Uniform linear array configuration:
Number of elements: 24
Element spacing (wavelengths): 0.5
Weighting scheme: blackman
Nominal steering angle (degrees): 15
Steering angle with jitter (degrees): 16.411
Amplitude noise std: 0.05
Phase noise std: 0.05

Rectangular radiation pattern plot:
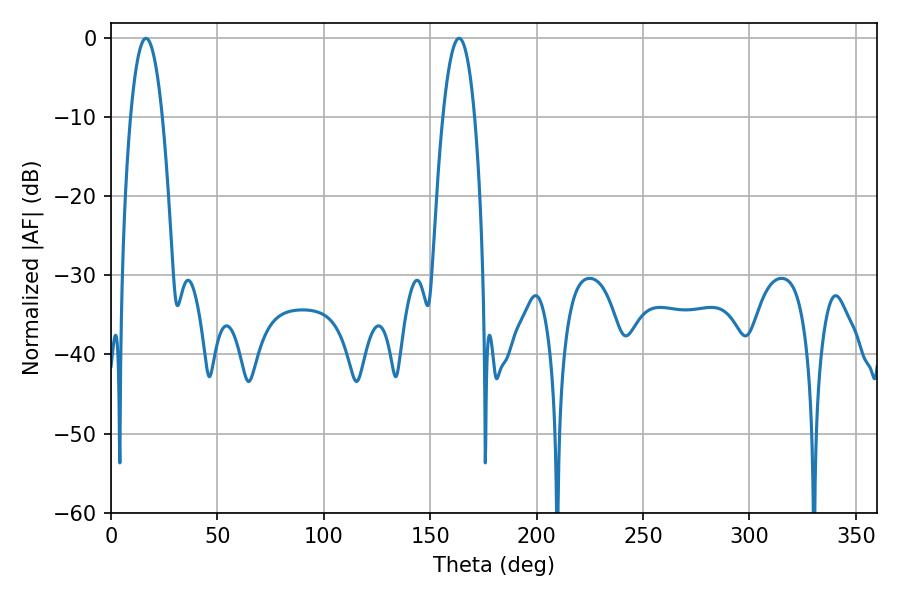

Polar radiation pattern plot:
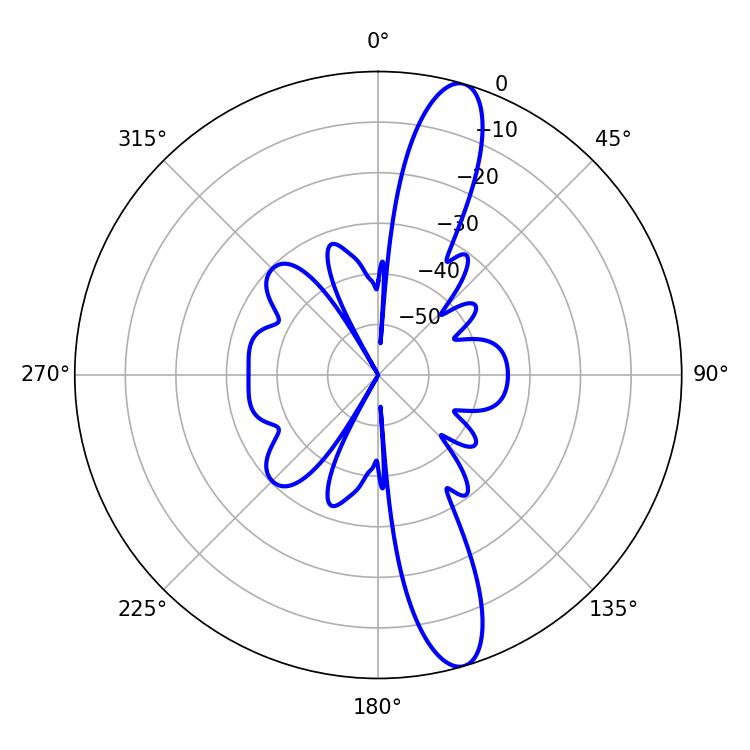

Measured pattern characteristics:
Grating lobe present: FALSE
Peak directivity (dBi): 13.585
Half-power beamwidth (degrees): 8.28
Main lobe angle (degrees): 16.38